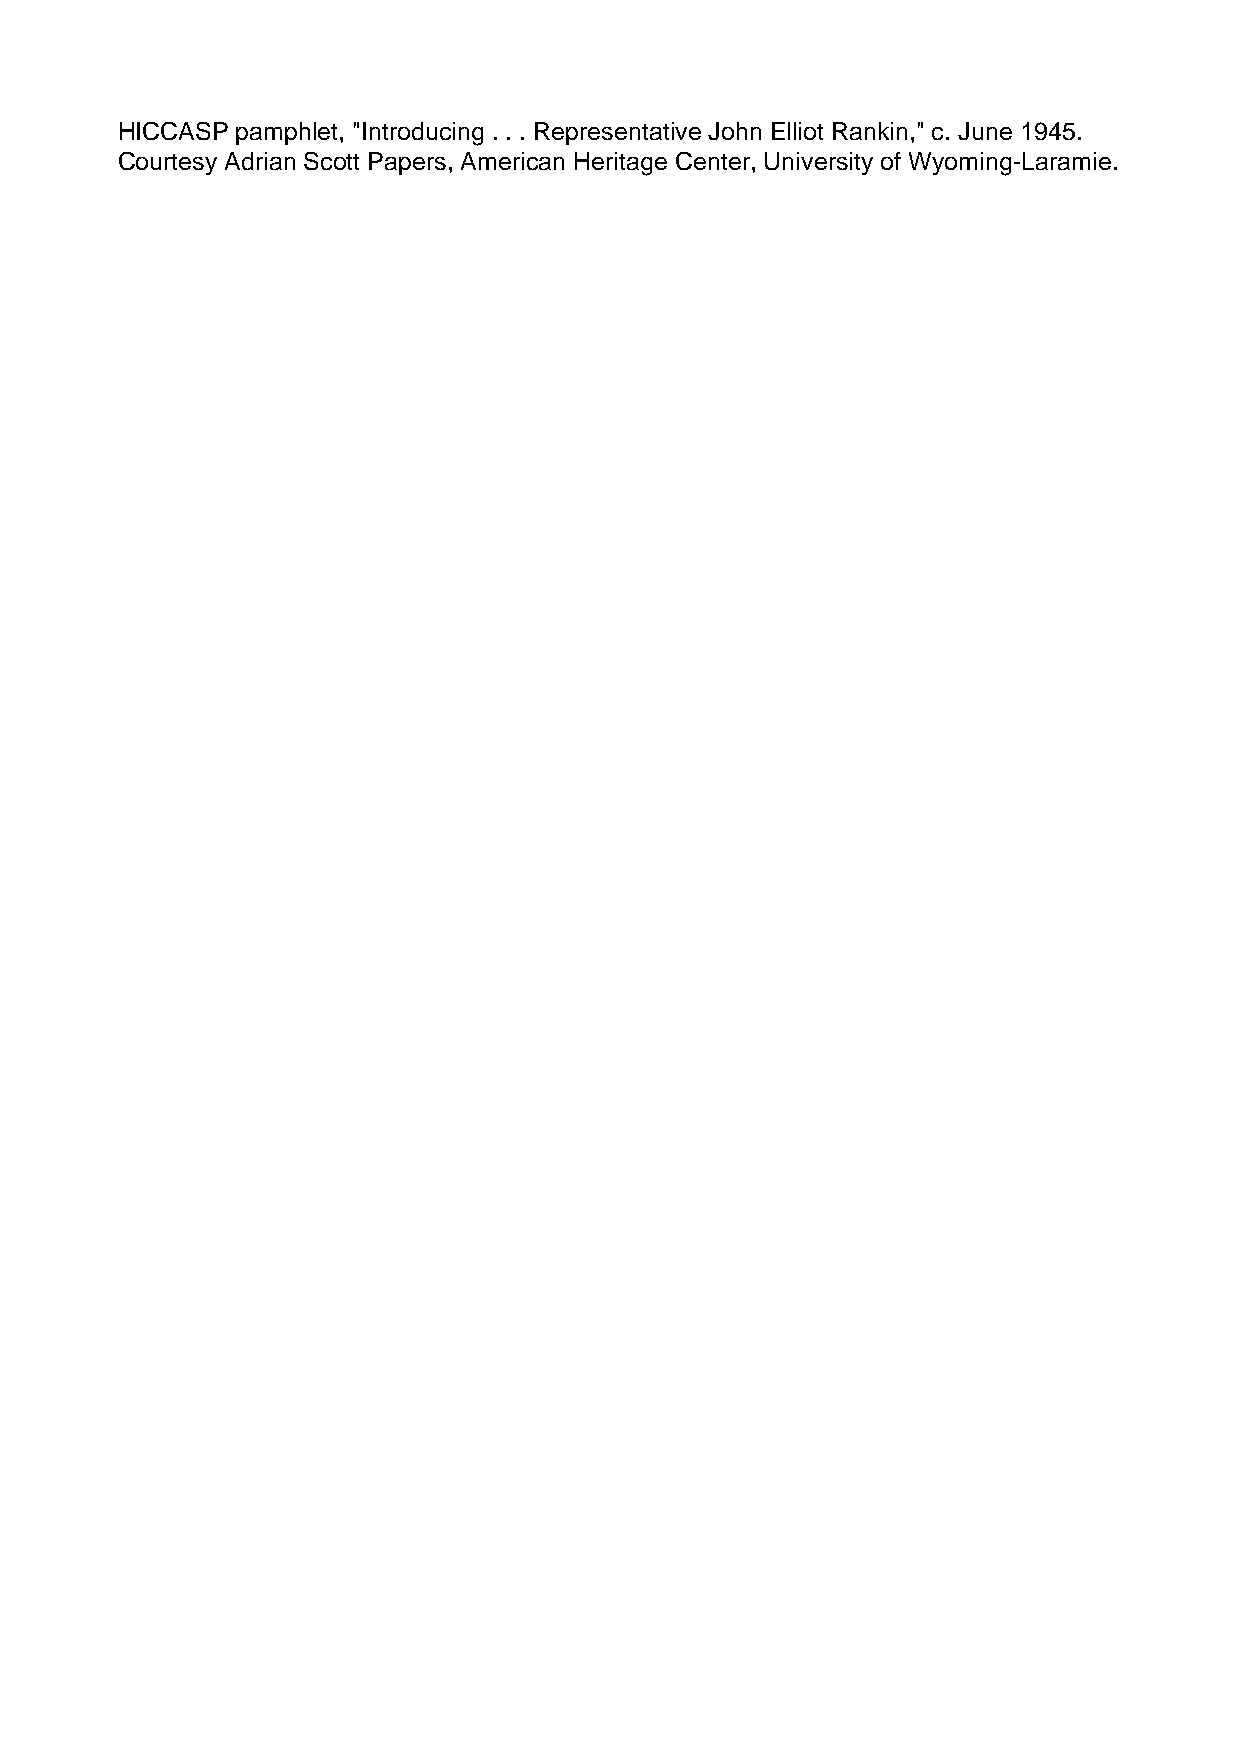
HICCASP pamphlet, "Introducing . . . Representative John Elliot Rankin," c. June 1945.
 Courtesy Adrian Scott Papers, American Heritage Center, University of Wyoming-Laramie.